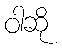
ဝါဆို